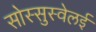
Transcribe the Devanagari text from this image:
सोस्सुस्वेलई